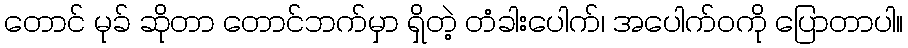
တောင် မုခ် ဆိုတာ တောင်ဘက်မှာ ရှိတဲ့ တံခါးပေါက်၊ အပေါက်ဝကို ပြောတာပါ။